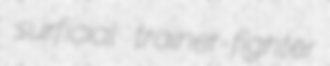
surficial trainer-fighter